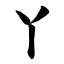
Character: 丫